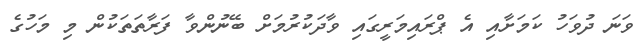
ވަނަ ދުވަހު ކަމަށާއި އެ ޕްރައިމަރީގައި ވާދަކުރުމަށް ބޭނުންވާ ފަރާތަތަކުން މި މަހުގެ